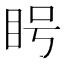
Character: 𪾥